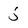
Character: j